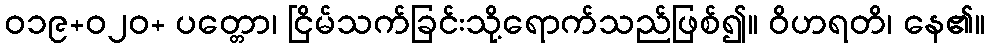
ဝ၁၉+၀၂ဝ+ ပတ္တော၊ ငြိမ်သက်ခြင်းသို့ရောက်သည်ဖြစ်၍။ ဝိဟရတိ၊ နေ၏။